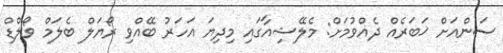
ސަންއަށް ޚަބަރެއް ދެއްވުމަށް: މެލޭޝިއާގައި މިދިޔަ އަހަރު ބޭއްވި ރޯޔަލް ބެލަމް ވޯލްޑް